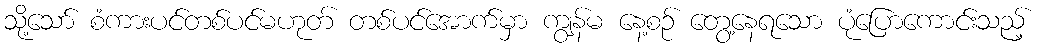
သို့သော် စံကားပင်တစ်ပင်မဟုတ် တစ်ပင်အောက်မှာ ကျွန်မ နေ့စဉ် တွေ့နေရသော ပုံပြောကောင်းသည့်